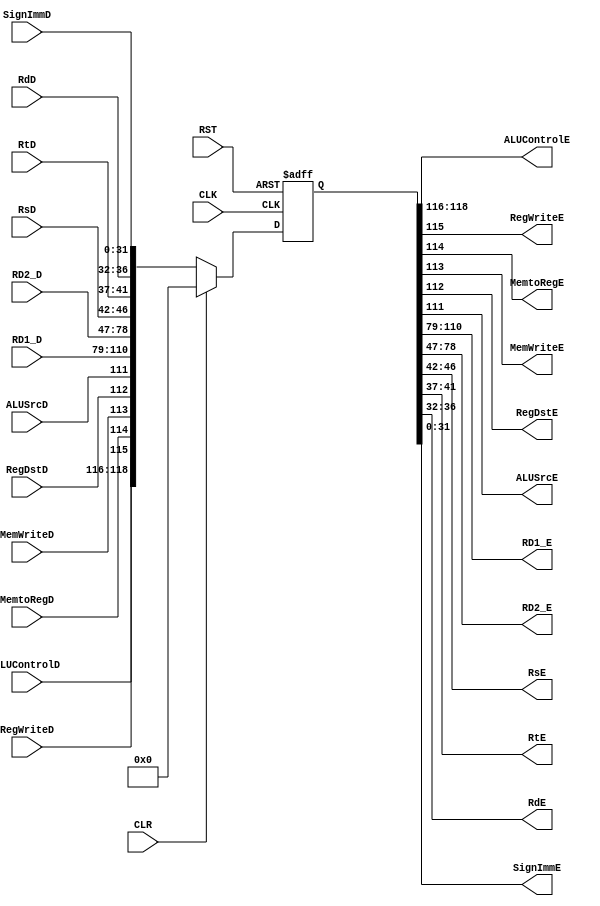
module Decode_to_Execute_Register #(
parameter ALU_Control_width = 3 ,
          Rs_width = 5 ,
          Rt_width = 5 ,
          Rd_width = 5 ,
          WIDTH = 32 ,
          SignImm_width = 32 

) (
input wire                              CLK, RST, CLR,
input wire                              MemWriteD,
input wire                              MemtoRegD,
input wire  [ALU_Control_width-1:0]     ALUControlD,
input wire                              ALUSrcD,
input wire                              RegWriteD,
input wire                              RegDstD,
input wire  [WIDTH-1:0]                 RD1_D, RD2_D,
input wire  [Rs_width-1:0]              RsD, 
input wire  [Rt_width-1:0]              RtD,
input wire  [Rd_width-1:0]              RdD,
input wire  [SignImm_width-1:0]         SignImmD,

output reg  [ALU_Control_width-1:0]     ALUControlE,
output reg                              RegWriteE, 
output reg                              MemtoRegE,
output reg                              MemWriteE,
output reg                              RegDstE,
output reg                              ALUSrcE,
output reg  [WIDTH-1:0]                 RD1_E, RD2_E,
output reg  [Rs_width-1:0]              RsE,
output reg  [Rt_width-1:0]              RtE,
output reg  [Rd_width-1:0]              RdE,
output reg  [SignImm_width-1:0]         SignImmE
);

reg  [ALU_Control_width+5+2*WIDTH+Rs_width+Rt_width+Rd_width+SignImm_width-1:0]    OUT_s;
wire [ALU_Control_width+5+2*WIDTH+Rs_width+Rt_width+Rd_width+SignImm_width-1:0]    IN_s;

assign  {ALUControlE, RegWriteE, MemtoRegE, MemWriteE, RegDstE, ALUSrcE, RD1_E, RD2_E, RsE, RtE, RdE, SignImmE} = OUT_s ;
assign  IN_s = {ALUControlD, RegWriteD, MemtoRegD, MemWriteD, RegDstD, ALUSrcD, RD1_D, RD2_D, RsD, RtD, RdD, SignImmD} ;


always @(posedge CLK or negedge RST) begin
   if (!RST) begin
    OUT_s <= 'd0;
   end else if (CLR) begin
    OUT_s <= 'd0;
   end else begin
    OUT_s <= IN_s;
   end
end

    
endmodule